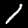
Label: 1